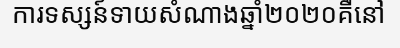
ការទស្សន៍ទាយសំណាងឆ្នាំ២០២០គឺនៅ